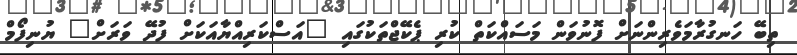
ތިބޭ ހަނގުރާމަވެރިންނަށް ފޮނުވަން މަސައްކަތް ކުރި ޕެކޭޖްތަކުގައި "އަސްކަރިއްޔާއަކަށް ފުދޭ ވަރަށް" ޔުނިފޯމް